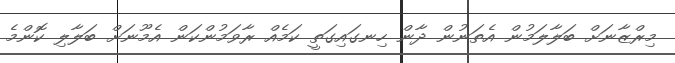
މިރްޒާނަށް ބަލާލަމުން އެތަނުން ދާން ހިނގައިގަތީ ކަމެއް ރާވަމުންކަން އެމޫނަށް ބަލާލި ކޮންމެ